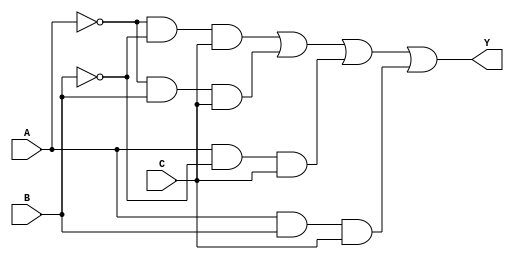
module MultiLevelLogic (
    input wire A,     // Input variable A
    input wire B,     // Input variable B
    input wire C,     // Input variable C
    output wire Y     // Output Y representing the Boolean function
);

// Intermediate signals
wire A_not;          // NOT A
wire B_not;          // NOT B
wire C_not;          // NOT C
wire AB;             // Intermediate AND of A and B
wire AC;             // Intermediate AND of A and C
wire BC;             // Intermediate AND of B and C
wire term1;         // Intermediate term for minterm 1 (A'B'C)
wire term2;         // Intermediate term for minterm 3 (A'BC)
wire term3;         // Intermediate term for minterm 5 (AB'C)
wire term4;         // Intermediate term for minterm 6 (ABC')

// Logic Gates Implementation
// Step 1: Invert inputs
not (A_not, A);      // A' = NOT A
not (B_not, B);      // B' = NOT B
not (C_not, C);      // C' = NOT C

// Step 2: Create AND terms for minterms
and (term1, A_not, B_not, C);   // A'B'C
and (term2, A_not, B, C);        // A'BC
and (term3, A, B_not, C);        // AB'C
and (term4, A, B, C);            // ABC

// Step 3: Combine terms using OR gates
or (Y, term1, term2, term3, term4); // Y = A'B'C + A'BC + AB'C + ABC

endmodule